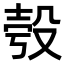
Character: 𣪒